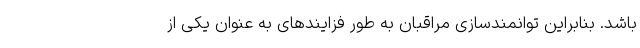
باشد. بنابراین توانمندسازی مراقبان به طور فزایندهای به عنوان یکی از